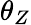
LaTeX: \theta_{Z}